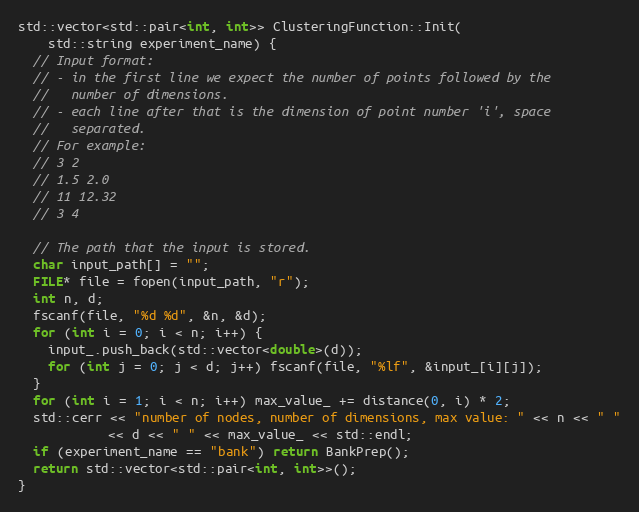
Language: C++
std::vector<std::pair<int, int>> ClusteringFunction::Init(
    std::string experiment_name) {
  // Input format:
  // - in the first line we expect the number of points followed by the
  //   number of dimensions.
  // - each line after that is the dimension of point number 'i', space
  //   separated.
  // For example:
  // 3 2
  // 1.5 2.0
  // 11 12.32
  // 3 4

  // The path that the input is stored.
  char input_path[] = "";
  FILE* file = fopen(input_path, "r");
  int n, d;
  fscanf(file, "%d %d", &n, &d);
  for (int i = 0; i < n; i++) {
    input_.push_back(std::vector<double>(d));
    for (int j = 0; j < d; j++) fscanf(file, "%lf", &input_[i][j]);
  }
  for (int i = 1; i < n; i++) max_value_ += distance(0, i) * 2;
  std::cerr << "number of nodes, number of dimensions, max value: " << n << " "
            << d << " " << max_value_ << std::endl;
  if (experiment_name == "bank") return BankPrep();
  return std::vector<std::pair<int, int>>();
}